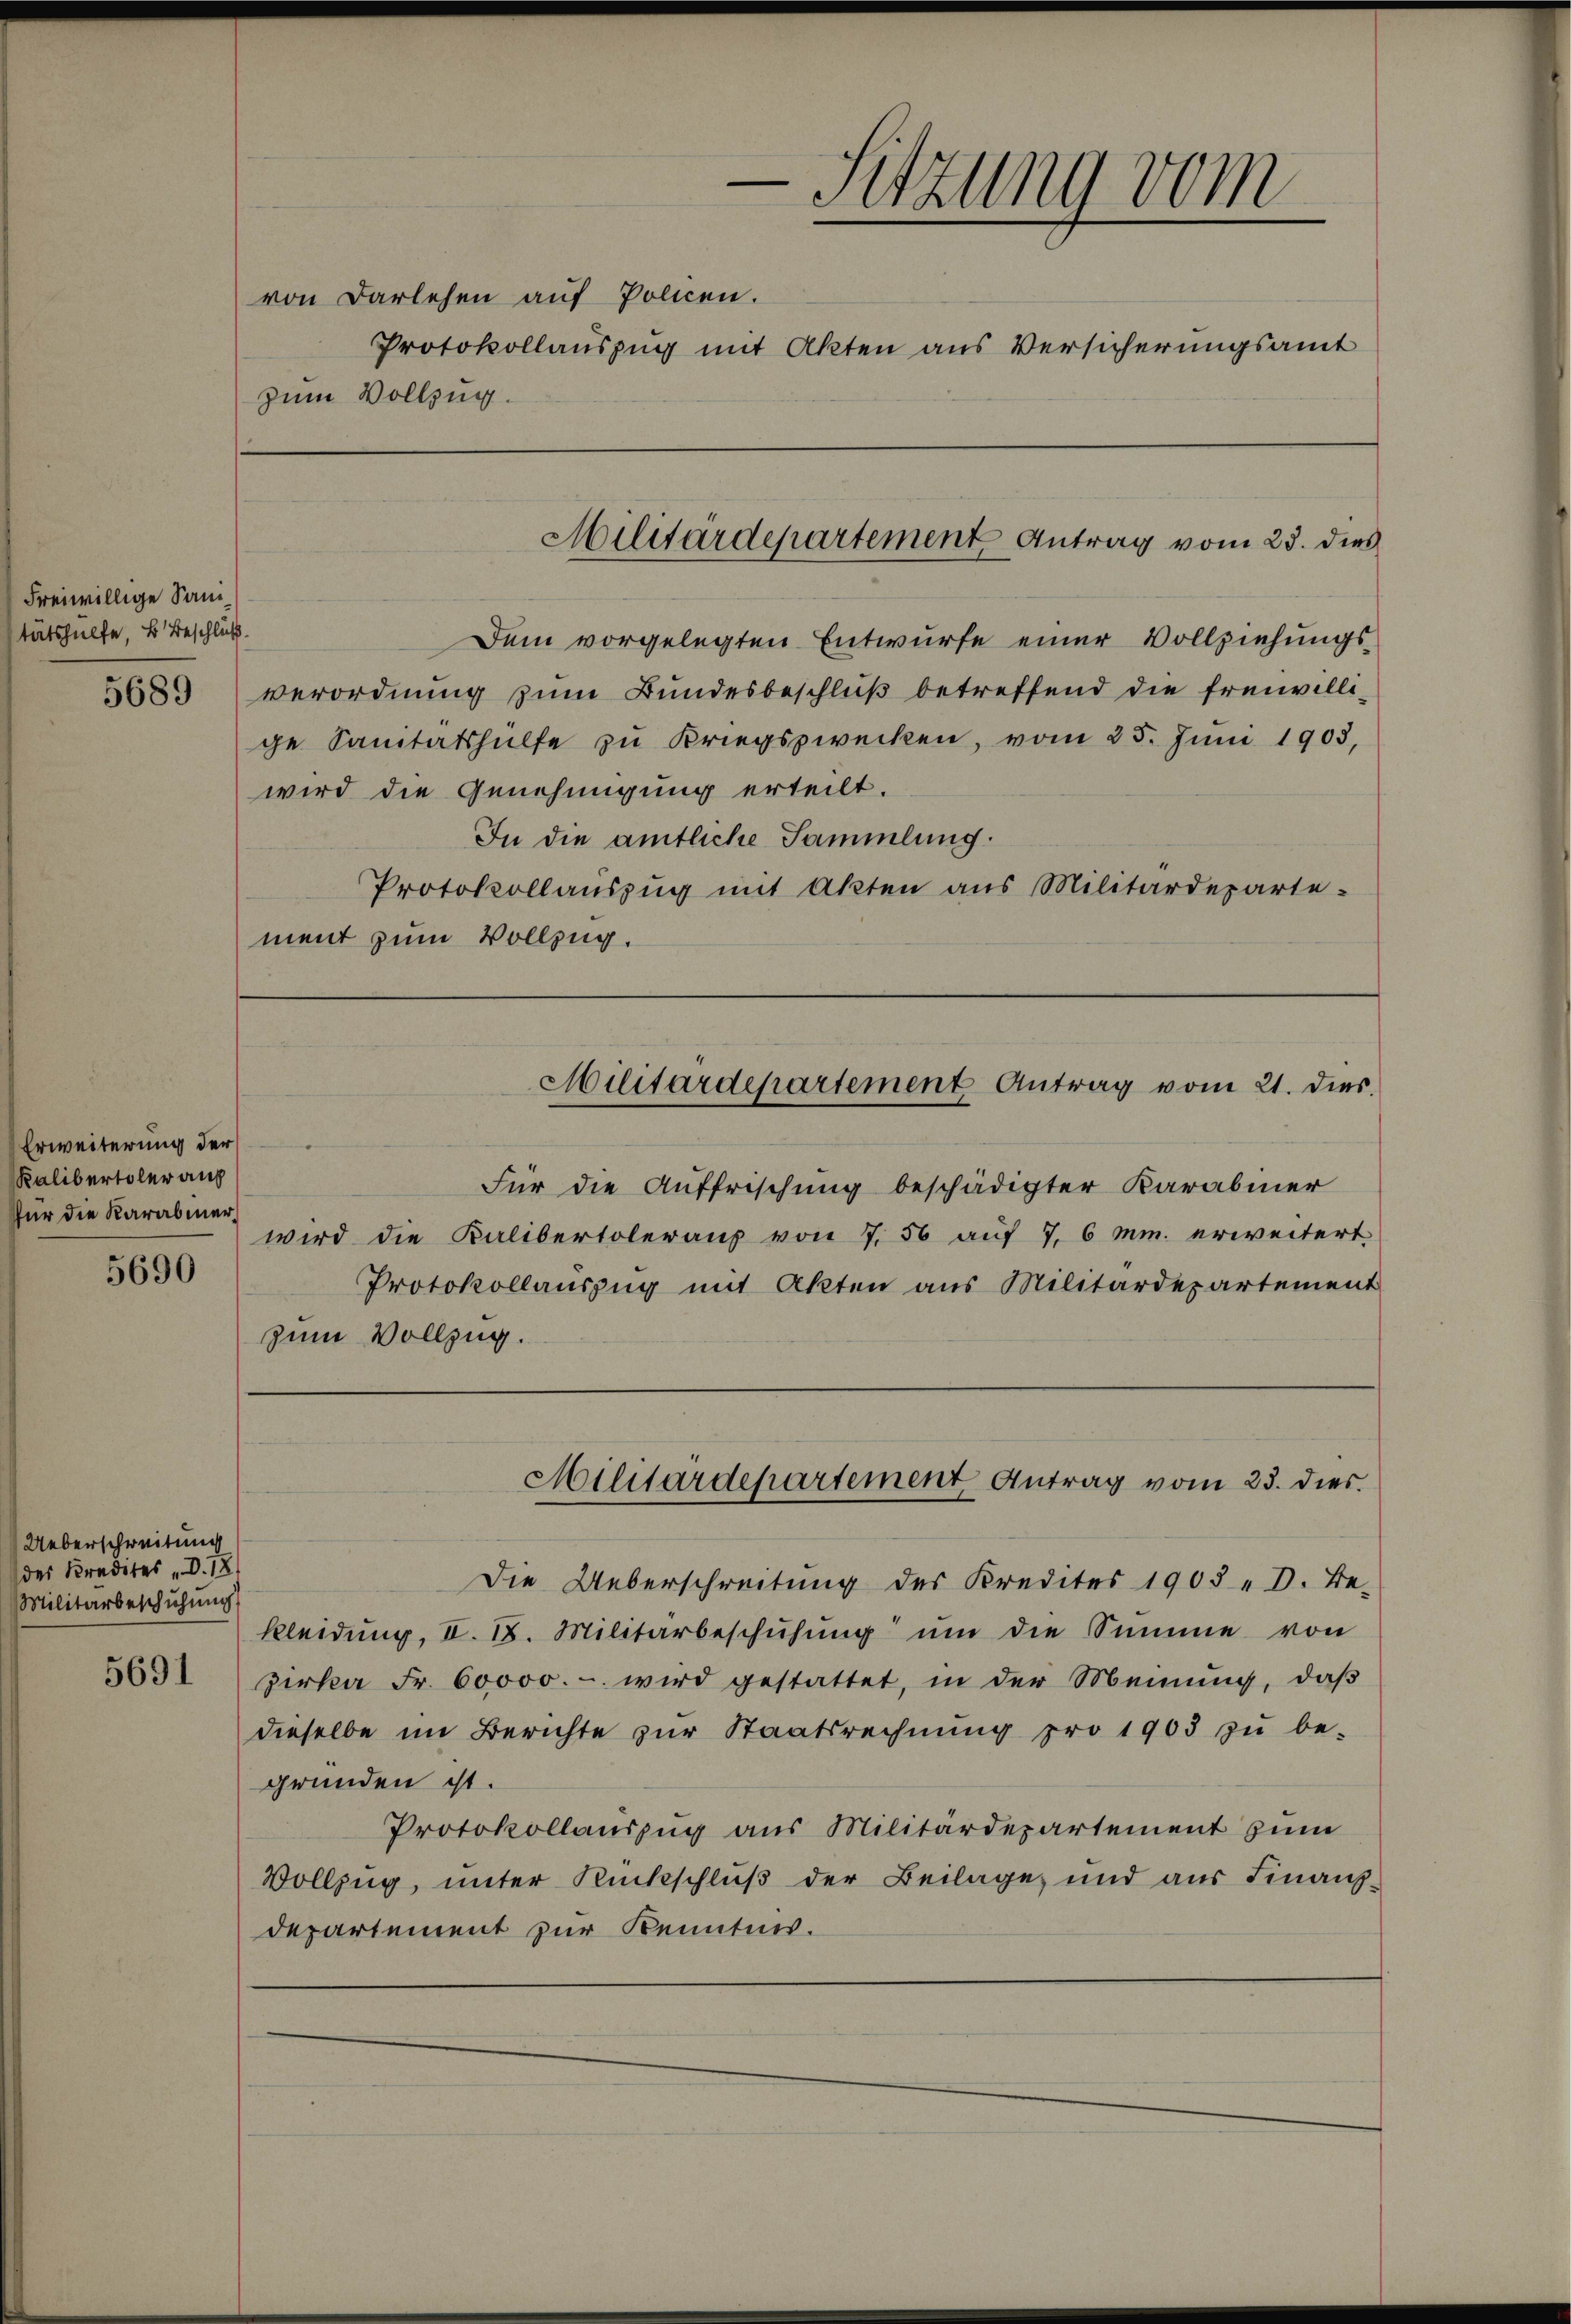
Freiwillige Sani
tätshülfe, u. Beschluß

Erweiterung der
Kalibertoler auf
für die Karabiner

5690

Ueberschreitung
des Kredites „D. 18.
Militärbeschühung

von Darlehen auf Policen.
zum Vollzug.

-Sitzung vom
Protokollauszug mit Akten aus Versicherungsamt

Dem vorgelegten Entwurfe einer Vollziehungs¬
5683 verordnung zum Bundesbeschluß betreffend die freiwillige Sanitätshülfe zu Kriegszwecken, vom 25. Juni 1903,
wird die Genehmigung erteilt.
In die amtliche Sammlung.
Protokollauszug mit Akten aus Militärdeparte-
ment zum Vollzug.

Militärdepartement Antrag vom 23. dies

Militärdepartement Antrag vom 21. dies.

Für die Auffrischung beschädigter Karabiner
wird die Kalibertolerauf von 7, 56 auf 7, 6 mm. erweitert
Protokollauszug mit Akten aus Militärdepartement
zum Vollzug.

Militärdepartement Antrag vom 23. dies

Die Ueberschreitung des Kredites 1903 „D. Be-
kleidŭng, II. 18. Militärbeschühŭng ŭm die Summe von
5631 zirka Fr. 60000.- wird gestattet, in der Meinŭng, daβ
dieselbe im Berichte zŭr Staatsrechnŭng pro 1903 zŭ be-
gründen ist.
Protokollauszug aus Militärdepartement zum
Vollzug, unter Rückschluß der Beilage und aus Finanz¬
Departement zur Kenntnis.